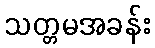
သတ္တမအခန်း